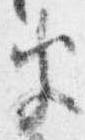
半